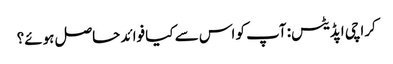
کراچی اپڈیٹس: آپ کو اس سے کیا فوائد حاصل ہوئے؟